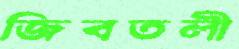
জিবতলী